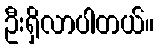
ဦးရှိလာပါတယ်။